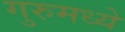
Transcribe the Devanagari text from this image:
गुरुमध्ये